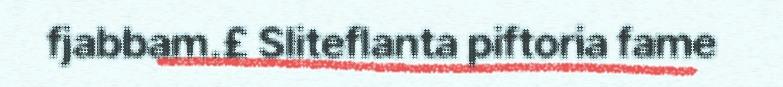
fjabbam.£ Sliteflanta piftoria fame